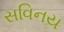
સવિનય